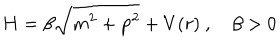
LaTeX: H = \beta \sqrt { m ^ { 2 } + { \bf p } ^ { 2 } } + V ( r ) \ , \quad \beta > 0 \,